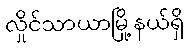
လှိုင်သာယာမြို့နယ်ရှိ